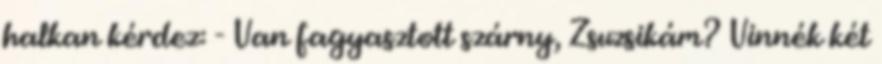
halkan kérdez: - Van fagyasztott szárny, Zsuzsikám? Vinnék két